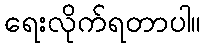
ရေးလိုက်ရတာပါ။